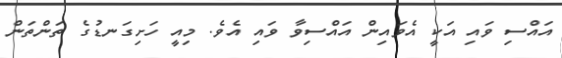
އައްސި ވައި އަކީ އެވައިން އައްސިވާ ވައި އެވެ. މިއީ ހަށިގަނޑުގެ ތަންތަން